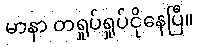
မာနာ တရှုပ်ရှုပ်ငိုနေပြီ။